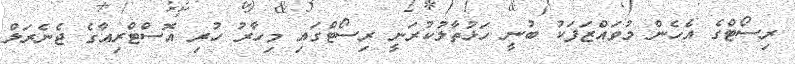
ރިސޯޓްގެ އެހެން މުވައްޒަފަކު ބުނީ ހަޅުތާލުކުރަނީ ރިސޯޓްގައި މިހާރު ހުރި އޮސްޓްރިއާގެ ޖެނެރަލް